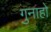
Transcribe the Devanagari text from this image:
गुनाहो